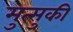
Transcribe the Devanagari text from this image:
मुत्सुकी